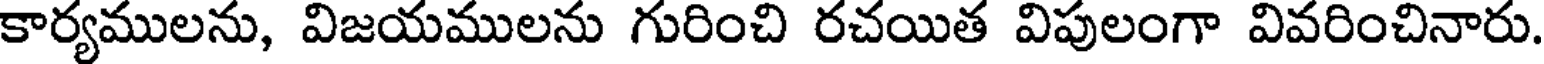
కార్యములను, విజయములను గురించి రచయిత విపులంగా వివరించినారు